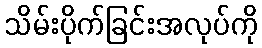
သိမ်းပိုက်ခြင်းအလုပ်ကို